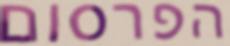
הפרסום